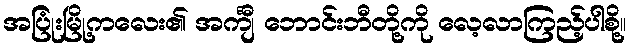
အပြုံးမြို့ကလေး၏ အင်္ကျီ ဘောင်းဘီတို့ကို လေ့လာကြည့်ပါစို့။